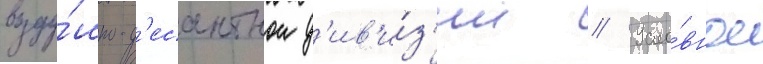
возду́шно-д'есантнои д'ив'и́з'ии // Усло́вное